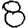
Digit: 8